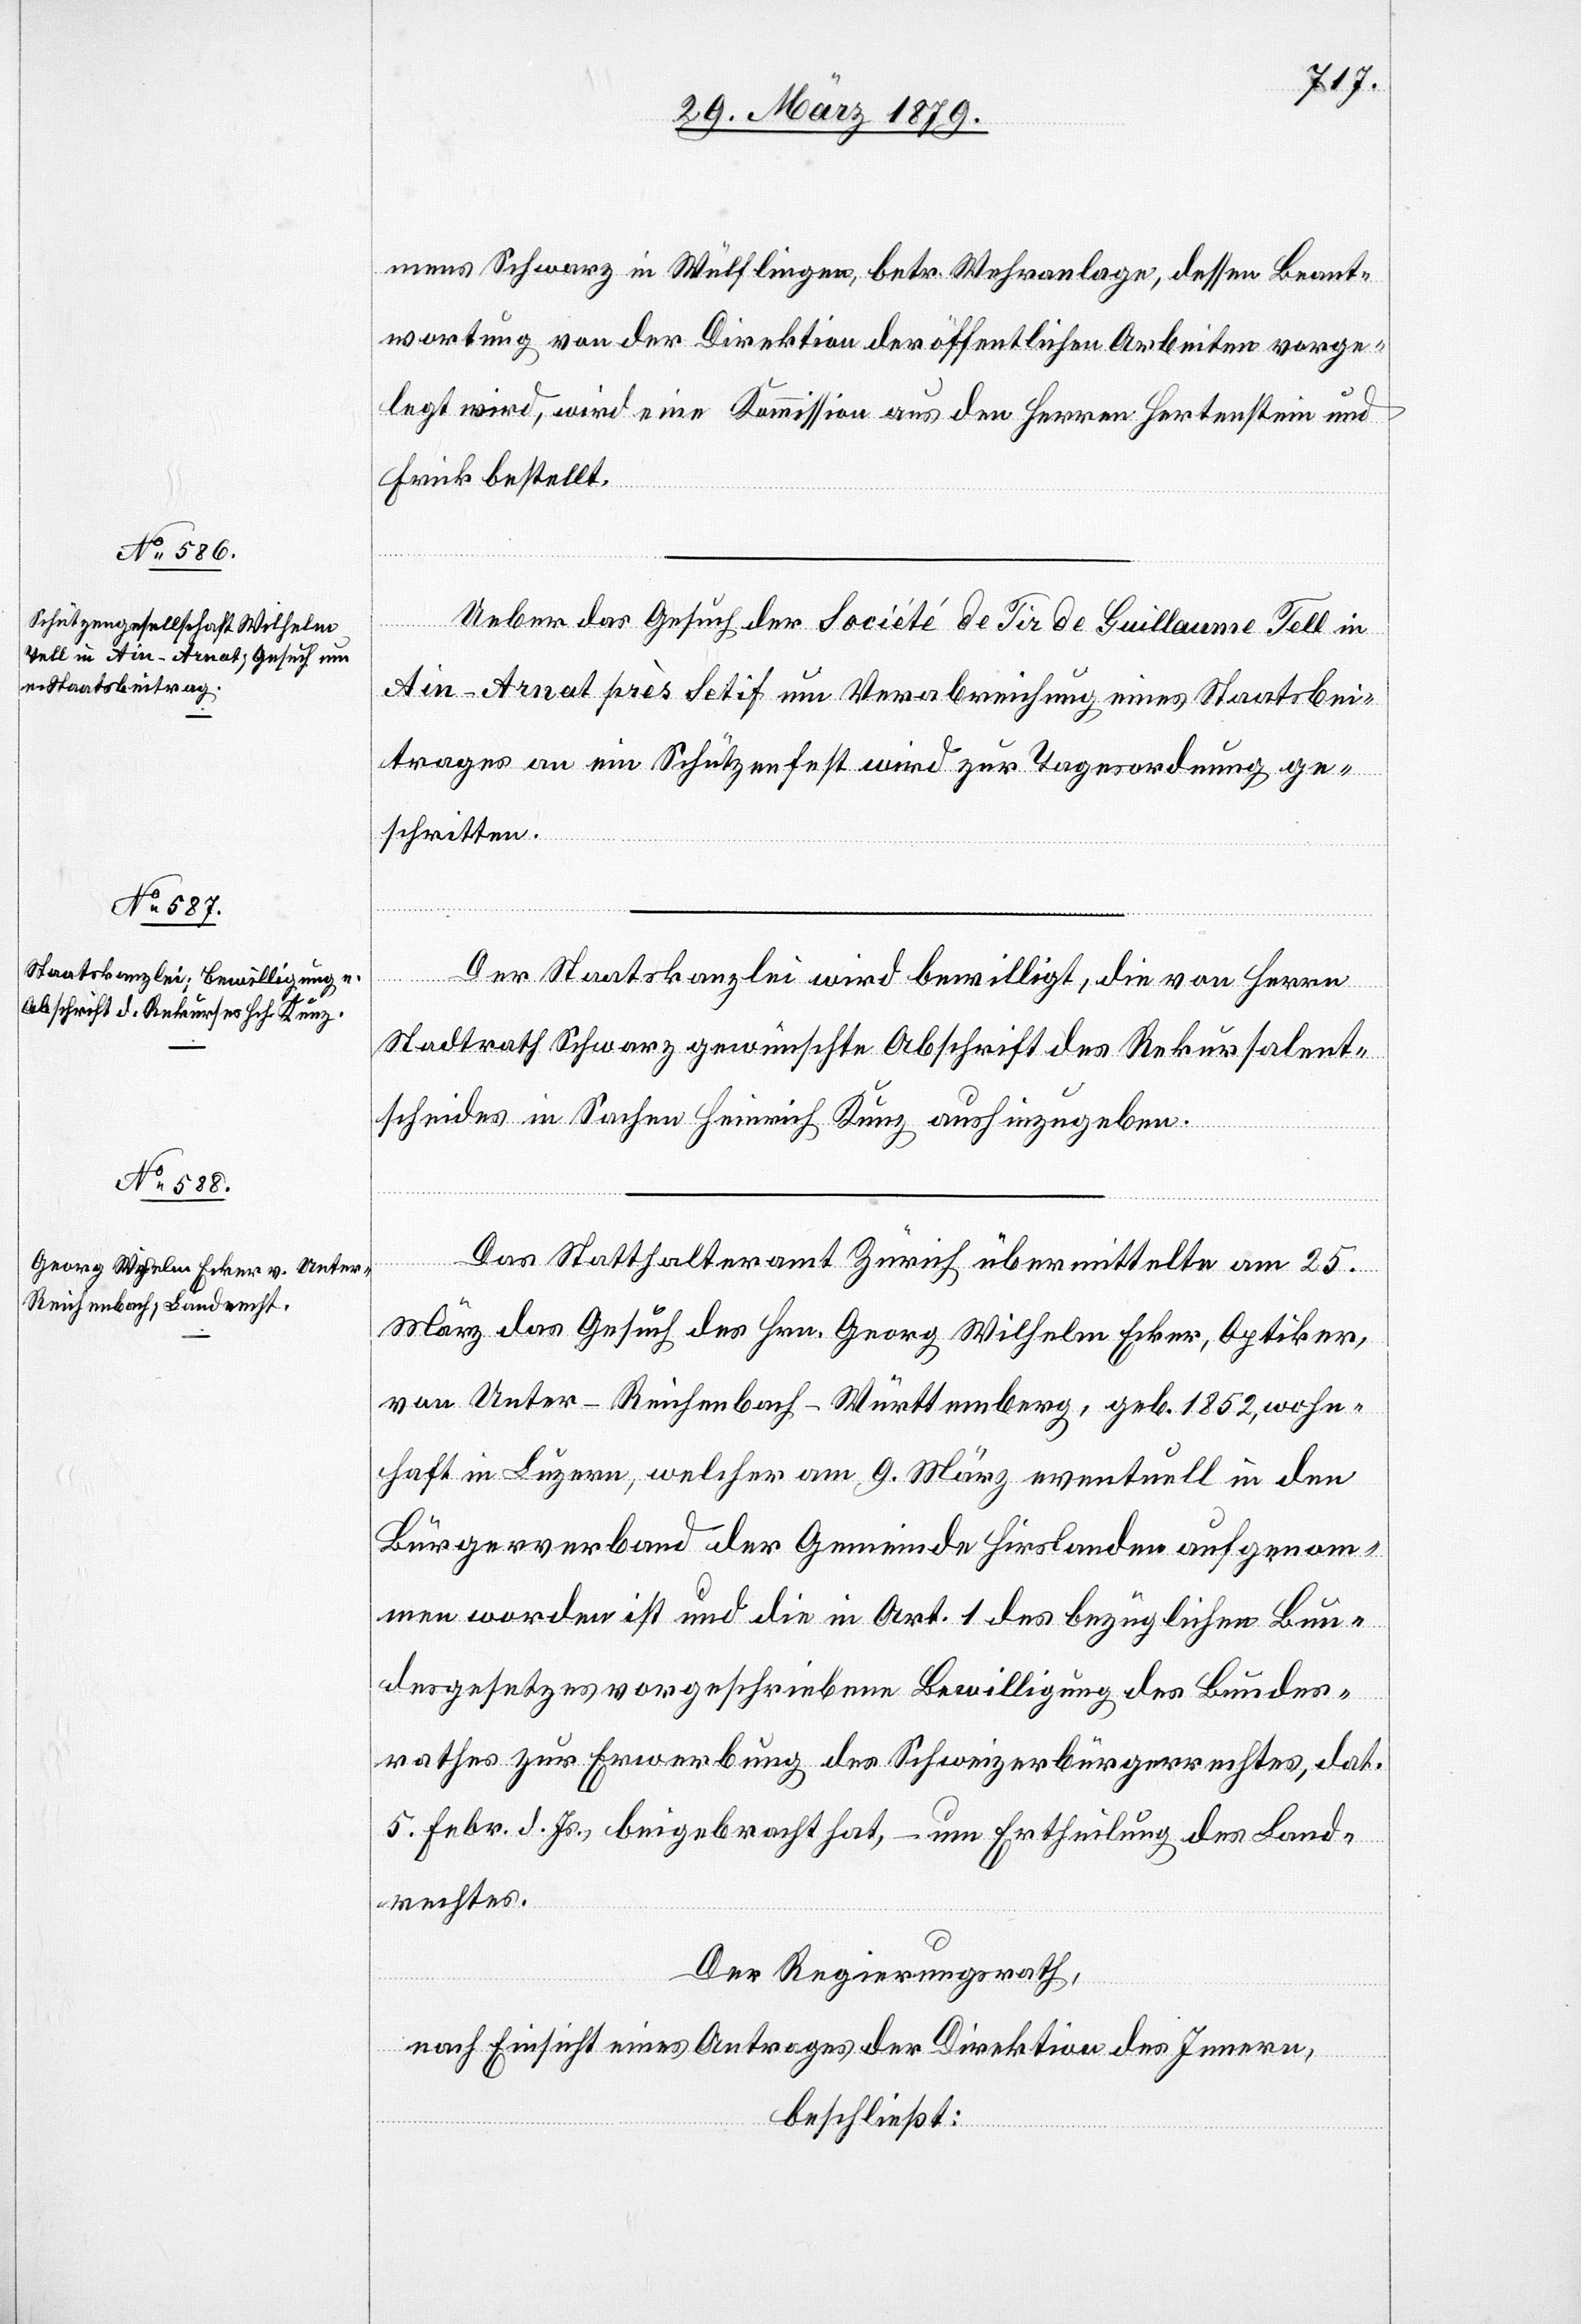
mens Schwarz in Wülflingen, betr. Wehranlage, dessen Beant¬
wortung von der Direktion der öffentlichen Arbeiten vorge¬
legt wird, wird eine Kommission aus den Herren Hertenstein und
Frick bestellt.
Ueber das Gesuch der Société de Tir de Guillaume Tell in
Ain-Arnat près Setif um Verabreichung eines Staatsbei¬
trages an ein Schützenfest wird zur Tagesordnung ge¬
schritten.
Der Staatskanzlei wird bewilligt, die von Herrn
Stadtrath Schwarz gewünschte Abschrift des Rekursalent¬
scheides in Sachen Heinrich Kunz aushinzugeben.
Das Statthalteramt Zürich übermittelte am 25.
März das Gesuch des Hrn. Georg Wilhelm Ecker, Optiker,
von Unter-Reichenbach - Württemberg, geb. 1852, wohn¬
haft in Luzern, welcher am 9. März eventuell in den
Bürgerverband der Gemeinde Hirslanden aufgenom¬
men worden ist und die in Art. 1 des bezüglichen Bun¬
desgesetzes vorgeschriebene Bewilligung des Bundes¬
rathes zur Erwerbung des Schweizerbürgerrechts, dat.
5. Febr. d. Js., beigebracht hat, – um Ertheilung des Land¬
rechtes.
Der Regierungsrath,
nach Einsicht eines Antrages der Direktion des Innern,
beschließt: